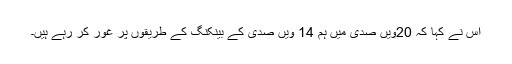
اس نے کہا کہ 20ویں صدی میں ہم 14 ویں صدی کے بینکنگ کے طریقوں پر غور کر رہے ہیں۔